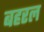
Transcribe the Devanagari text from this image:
बहरल